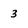
Character: 3